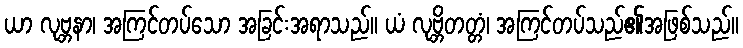
ယာ လုဗ္ဘနာ၊ အကြင်တပ်သော အခြင်းအရာသည်။ ယံ လုဗ္ဘိတတ္တံ၊ အကြင်တပ်သည်၏အဖြစ်သည်။